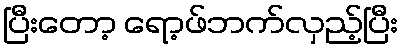
ပြီးတော့ ရော့ဖ်ဘက်လှည့်ပြီး